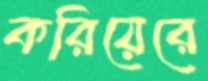
করিয়েরে